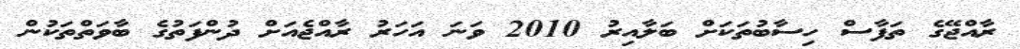
ރާއްޖޭގެ ތަފާސް ހިސާބުތަކަށް ބަލާއިރު 2010 ވަނަ އަހަރު ރާއްޖެއަށް ދުންފަތުގެ ބާވަތްތަކުން